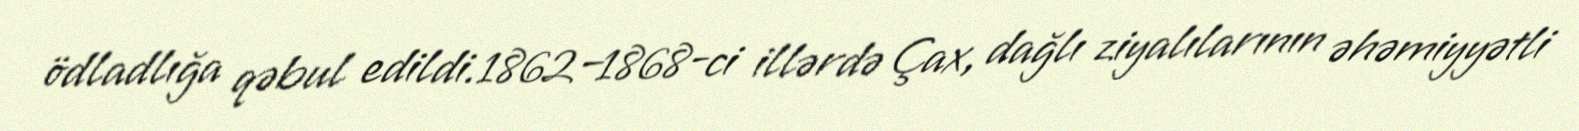
ödladlığa qəbul edildi.1862–1868-ci illərdə Çax, dağlı ziyalılarının əhəmiyyətli